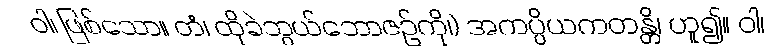
ဝါ၊ ဖြစ်သော။ တံ၊ ထိုခဲဘွယ်ဘောဇဉ်ကို၊) အကပ္ပိယကတန္တိ၊ ဟူ၍။ ဝါ၊